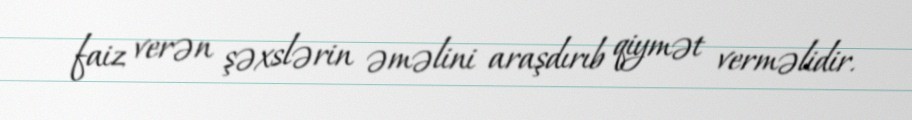
faiz verən şəxslərin əməlini araşdırıb qiymət verməlidir.